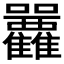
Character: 𡆛